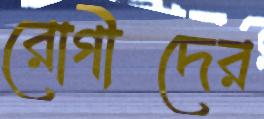
রোগীদের